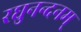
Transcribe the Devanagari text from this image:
रघुनन्दनम्‌